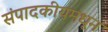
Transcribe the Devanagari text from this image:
संपादकीयमधून